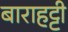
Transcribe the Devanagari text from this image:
बाराहट्टी